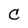
Character: C